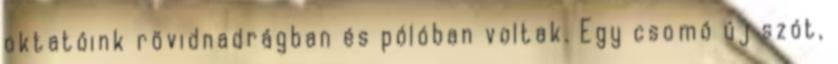
oktatóink rövidnadrágban és pólóban voltak. Egy csomó új szót,